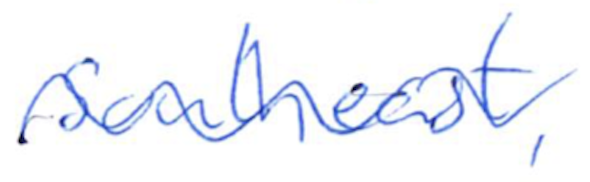
Text: southeast,
Cross-out: wave
Writing tool: ballpoint